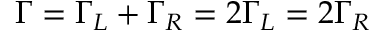
\Gamma = \Gamma _ { L } + \Gamma _ { R } = 2 \Gamma _ { L } = 2 \Gamma _ { R }